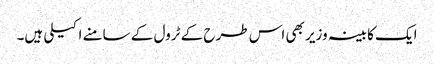
ایک کابینہ وزیر بھی اس طرح کے ٹرول کے سامنے اکیلی ہیں۔